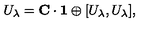
U _ { \lambda } = { \bf C } \cdot { \bf 1 } \oplus [ U _ { \lambda } , U _ { \lambda } ] ,